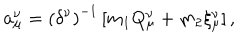
LaTeX: { \bf a } _ { \mu } ^ { \nu } = \left( \delta ^ { \nu } \right) ^ { - 1 } \left[ m _ { 1 } Q _ { \mu } ^ { \nu } + m _ { 2 } \xi _ { \mu } ^ { \nu } \right] ,